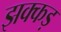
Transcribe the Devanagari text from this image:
झक्कड़